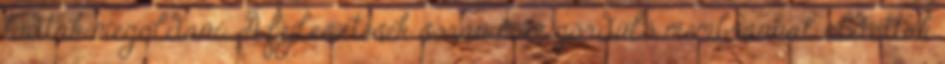
tudták megoldani. A fejlesztések során már gördülő membránnal oldották